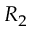
R _ { 2 }